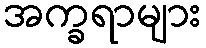
အက္ခရာများ